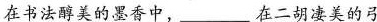
在书法醇美的墨香中，___在二胡凄美的弓